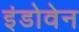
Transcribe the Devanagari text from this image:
इंडोवेन